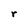
Character: r